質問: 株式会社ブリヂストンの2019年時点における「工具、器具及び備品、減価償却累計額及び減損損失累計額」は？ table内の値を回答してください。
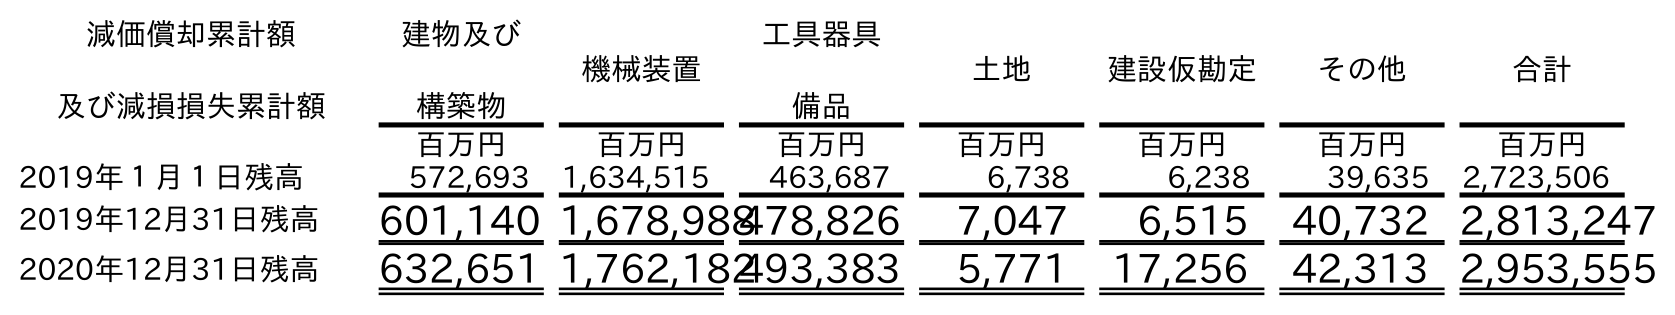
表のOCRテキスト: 減価償却累計額 及び減損損失累計額 建物及び 構築物 機械装置 工具器具 備品 土地 建設仮勘定 その他 合計 百万円 百万円 百万円 百万円 百万円 百万円 百万円 2019年１月１日残高 572,693 1,634,515 463,687 6,738 6,238 39,635 2,723,506 2019年12月31日残高 601,140 1,678,988478,826 7,047 6,515 40,732 2,813,247 2020年12月31日残高 632,651 1,762,182493,383 5,771 17,256 42,313 2,953,555
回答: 478,826